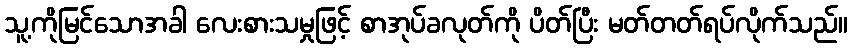
သူ့ကိုမြင်သောအခါ လေးစားသမှုဖြင့် စာအုပ်ခလုတ်ကို ပိတ်ပြီး မတ်တတ်ရပ်လိုက်သည်။